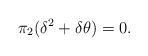
LaTeX: \begin{align*}\pi_2(\delta^2 + \delta \theta) = 0.\end{align*}